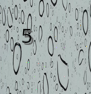
5